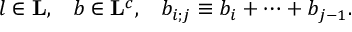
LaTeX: l \in { \bf L } , \; \; \; b \in { \bf L } ^ { c } , \; \; \; b _ { i ; j } \equiv b _ { i } + \cdots + b _ { j - 1 } .